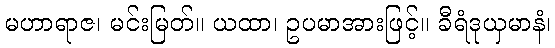
မဟာရာဇ၊ မင်းမြတ်။ ယထာ၊ ဥပမာအားဖြင့်။ ခီရံဒုယှမာနံ၊